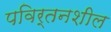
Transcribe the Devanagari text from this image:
पविर्तनशील